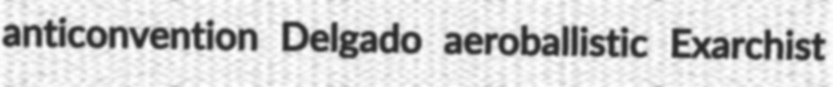
anticonvention Delgado aeroballistic Exarchist